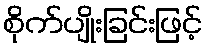
စိုက်ပျိုးခြင်းဖြင့်